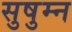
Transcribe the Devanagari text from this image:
सुषुम्न